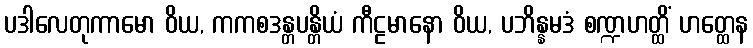
ပဒါလေတုကာမော ဝိယ, ကကစဒန္တပန္တိယံ ကီဠမာနော ဝိယ, ပဘိန္နမဒံ စဏ္ဍဟတ္ထိံ ဟတ္ထေန